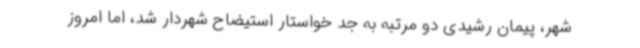
شهر، پیمان رشیدی دو مرتبه به جد خواستار استیضاح شهردار شد، اما امروز